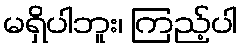
မရှိပါဘူး၊ ကြည့်ပါ